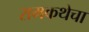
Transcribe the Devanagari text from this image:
रामकथेचा